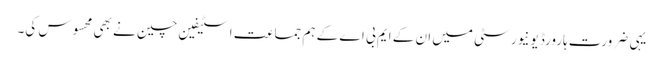
یہی ضرورت ہارورڈ یونیورسٹی میں ان کے ایم بی اے کے ہم جماعت اسٹیفین چین نے بھی محسوس کی۔